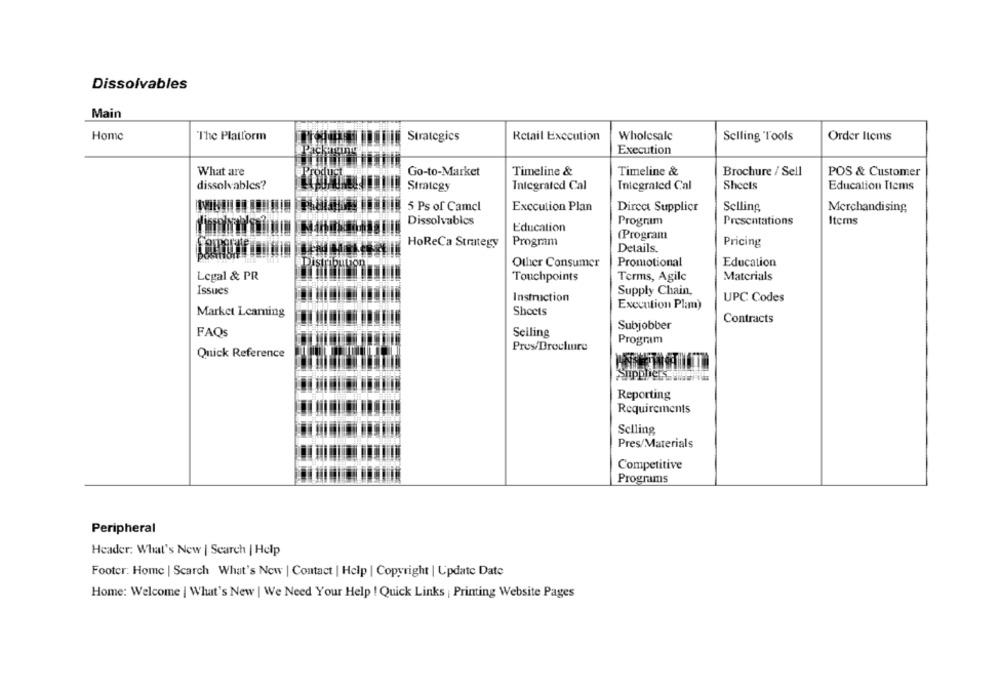
Dissolvables
Main
Home
The Platform
Strategics
Retail Execution
Wholesale
Selling Tools
Order Items
Execution
What are
Go-to-Market
Timeline &
Timeline &
Brochure / Sell
POS & Customer
dissolvables?
Strategy
Integrated Cal
Integraled Cal
Sheets
Education Ttems
5 Ps of Camel
Execution Plan
Direct Supplier
Selling
Merchandising
Dissolvables
Program
Presentations
Items
Education
(Program
Program
Pricing
HoReCa Strategy
Details.
Other Consumer
Promotional
Education
Legal & PR
Touchpoints
Terms, Agile
Materials
Issues
Supply Chain,
Instruction
UPC Codes
Execution Plamm)
Sheets
Market Leaming
Subjobber
Contracts
FAQS
Selling
Program
Pres/Brochure
Quick Reference
Reporting
Requirements
Selling
Pres/Materials
Competitive
Programs
Peripheral
Header: What's New | Search | Help
Footer: Home | Search What's New | Contact | Help | Copyright | Update Date
Home: Welcome | What's New | We Need Your Help ! Quick Links | Printing Website Pages